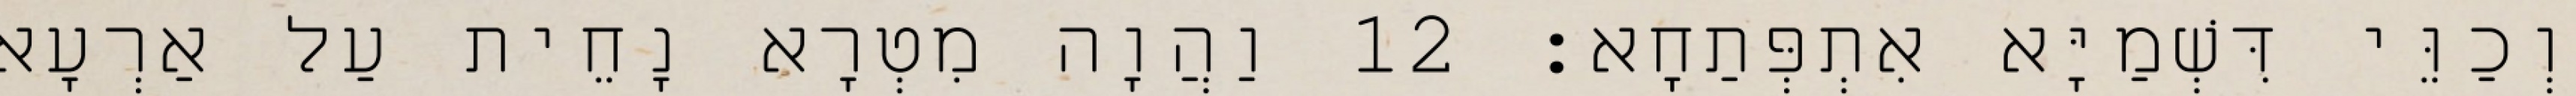
וְכַוֵּי דִּשְׁמַיָּא אִתְפְּתַחָא׃ 12 וַהֲוָה מִטְרָא נָחֵית עַל אַרְעָא